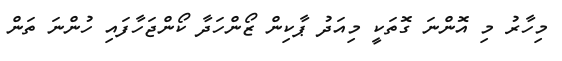
މިހާރު މި އޮންނަ ގޮތަކީ މިއަދު ޕާކިން ޒޯންހަދާ ކޯންޖަހާފައި ހުންނަ ތަން